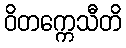
ဝိတက္ကေသီတိ